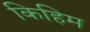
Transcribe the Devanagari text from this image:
किहिम